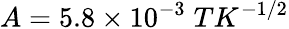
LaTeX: A=5.8\times 10^{-3}\; TK^{-1/2}